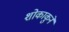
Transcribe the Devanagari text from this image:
शोकाकुने